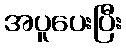
အပူပေးပြီး